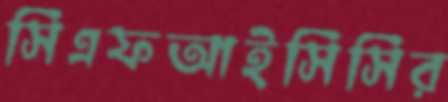
সিএফআইসিসির